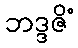
ဘဒ္ဒဇိံ